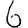
Digit: 6